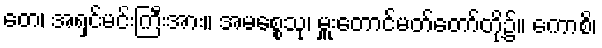
တေ၊ အရှင်မင်းကြီးအား။ အမစ္စေသု၊ မှူးတောင်မတ်တော်တို့၌။ ကောစိ၊